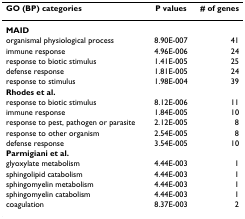
<table><thead><tr><td><b>GO (BP) categories</b></td><td><b>P values</b></td><td><b># of genes</b></td></tr></thead><tbody><tr><td><b>MAID</b></td><td></td><td></td></tr><tr><td>organismal physiological process</td><td>8.90E-007</td><td>41</td></tr><tr><td>immune response</td><td>4.96E-006</td><td>24</td></tr><tr><td>response to biotic stimulus</td><td>1.41E-005</td><td>25</td></tr><tr><td>defense response</td><td>1.81E-005</td><td>24</td></tr><tr><td>response to stimulus</td><td>1.98E-004</td><td>39</td></tr><tr><td><b>Rhodes et al.</b></td><td></td><td></td></tr><tr><td>response to biotic stimulus</td><td>8.12E-006</td><td>11</td></tr><tr><td>immune response</td><td>1.84E-005</td><td>10</td></tr><tr><td>response to pest, pathogen or parasite</td><td>2.12E-005</td><td>8</td></tr><tr><td>response to other organism</td><td>2.54E-005</td><td>8</td></tr><tr><td>defense response</td><td>3.54E-005</td><td>10</td></tr><tr><td><b>Parmigiani et al.</b></td><td></td><td></td></tr><tr><td>glyoxylate metabolism</td><td>4.44E-003</td><td>1</td></tr><tr><td>sphingolipid catabolism</td><td>4.44E-003</td><td>1</td></tr><tr><td>sphingomyelin metabolism</td><td>4.44E-003</td><td>1</td></tr><tr><td>sphingomyelin catabolism</td><td>4.44E-003</td><td>1</td></tr><tr><td>coagulation</td><td>8.37E-003</td><td>2</td></tr></tbody></table>